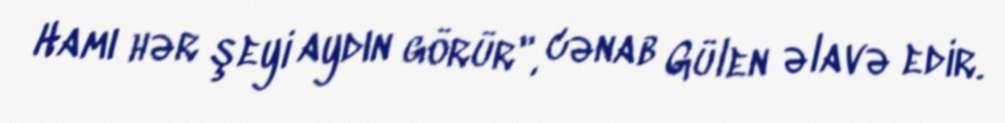
Hamı hər şeyi aydın görür", cənab Gülen əlavə edir.